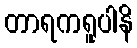
တာရကရူပါနိ